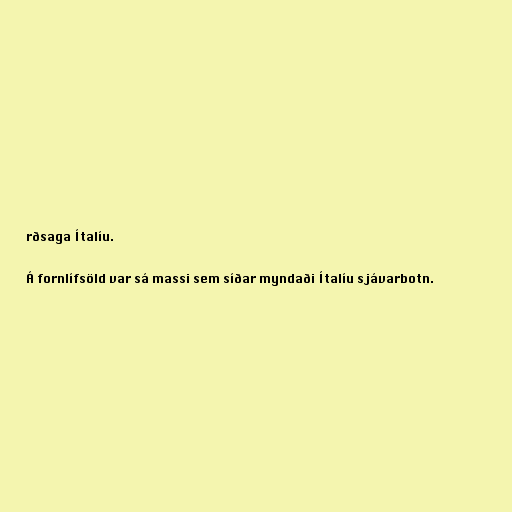
rðsaga Ítalíu.

Á fornlífsöld var sá massi sem síðar myndaði Ítalíu sjávarbotn.